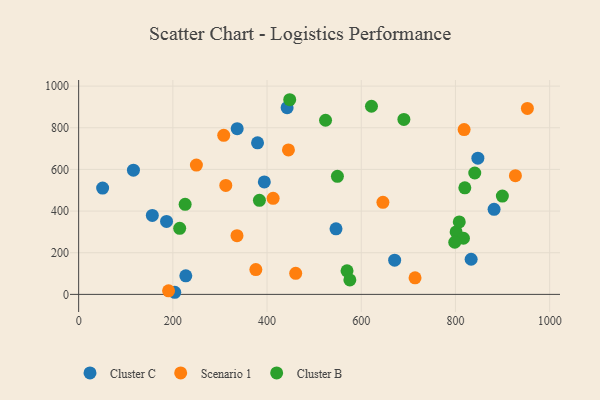
{"axis": {"x": "Study Hours", "y": "Exam Score"}, "legend": ["Cluster B", "Cluster C", "Scenario 1"], "data": [{"x": "847.6", "y": 654.1, "type": "Cluster C"}, {"x": "116.3", "y": 596.4, "type": "Cluster C"}, {"x": "156.4", "y": 379.3, "type": "Cluster C"}, {"x": "186.6", "y": 350.1, "type": "Cluster C"}, {"x": "882.0", "y": 408.2, "type": "Cluster C"}, {"x": "442.6", "y": 896.5, "type": "Cluster C"}, {"x": "204.0", "y": 10.1, "type": "Cluster C"}, {"x": "379.8", "y": 727.6, "type": "Cluster C"}, {"x": "50.9", "y": 510.5, "type": "Cluster C"}, {"x": "227.5", "y": 89.1, "type": "Cluster C"}, {"x": "546.4", "y": 314.6, "type": "Cluster C"}, {"x": "394.2", "y": 539.8, "type": "Cluster C"}, {"x": "833.3", "y": 168.7, "type": "Cluster C"}, {"x": "670.9", "y": 164.0, "type": "Cluster C"}, {"x": "336.6", "y": 795.6, "type": "Cluster C"}, {"x": "818.4", "y": 791.2, "type": "Scenario 1"}, {"x": "646.0", "y": 441.9, "type": "Scenario 1"}, {"x": "952.7", "y": 892.9, "type": "Scenario 1"}, {"x": "460.8", "y": 101.1, "type": "Scenario 1"}, {"x": "336.2", "y": 281.8, "type": "Scenario 1"}, {"x": "308.0", "y": 763.7, "type": "Scenario 1"}, {"x": "412.9", "y": 461.0, "type": "Scenario 1"}, {"x": "312.4", "y": 523.0, "type": "Scenario 1"}, {"x": "445.4", "y": 693.5, "type": "Scenario 1"}, {"x": "927.3", "y": 569.8, "type": "Scenario 1"}, {"x": "190.9", "y": 16.9, "type": "Scenario 1"}, {"x": "250.0", "y": 620.7, "type": "Scenario 1"}, {"x": "714.2", "y": 79.4, "type": "Scenario 1"}, {"x": "376.2", "y": 119.1, "type": "Scenario 1"}, {"x": "549.4", "y": 566.6, "type": "Cluster B"}, {"x": "801.4", "y": 300.0, "type": "Cluster B"}, {"x": "690.5", "y": 839.9, "type": "Cluster B"}, {"x": "841.0", "y": 582.9, "type": "Cluster B"}, {"x": "819.9", "y": 511.6, "type": "Cluster B"}, {"x": "621.7", "y": 903.3, "type": "Cluster B"}, {"x": "817.0", "y": 269.6, "type": "Cluster B"}, {"x": "448.1", "y": 934.6, "type": "Cluster B"}, {"x": "569.8", "y": 112.9, "type": "Cluster B"}, {"x": "808.1", "y": 348.1, "type": "Cluster B"}, {"x": "214.5", "y": 317.2, "type": "Cluster B"}, {"x": "383.8", "y": 451.8, "type": "Cluster B"}, {"x": "899.6", "y": 472.0, "type": "Cluster B"}, {"x": "798.5", "y": 250.3, "type": "Cluster B"}, {"x": "524.2", "y": 836.0, "type": "Cluster B"}, {"x": "226.1", "y": 432.2, "type": "Cluster B"}, {"x": "575.8", "y": 69.6, "type": "Cluster B"}]}